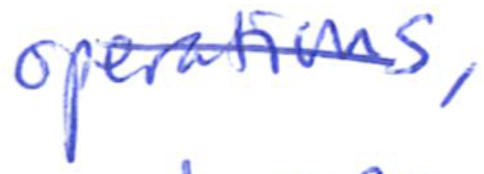
Text: operations,
Cross-out: diagonal
Writing tool: ballpoint